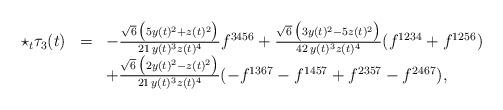
LaTeX: \begin{align*}\begin{array}{lcl}\star_t\tau_3(t)&=&-\frac{\sqrt{6}\,\big(5y(t)^2+z(t)^2\big)}{21\,y(t)^3 z(t)^4}f^{3456}+\frac{\sqrt{6}\,\big(3y(t)^2-5z(t)^2\big)}{42\, y(t)^3 z(t)^4}(f^{1234}+f^{1256})\\&&+\frac{\sqrt{6}\,\big(2y(t)^2-z(t)^2\big)}{21\, y(t)^3 z(t)^4}(-f^{1367}-f^{1457}+f^{2357}-f^{2467}),\end{array}\end{align*}